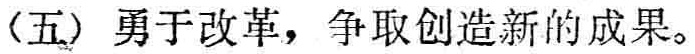
(五) 勇于改革，争取创造新的成果。